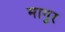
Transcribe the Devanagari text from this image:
मागुर